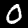
Label: 0